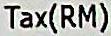
TAX(RM)